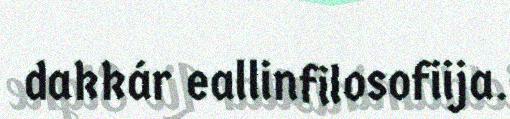
dakkár eallinfilosofiija.